Vaccine operations Central Provinces & Berar 1922-1929 - 1922-1929
Year: 1922
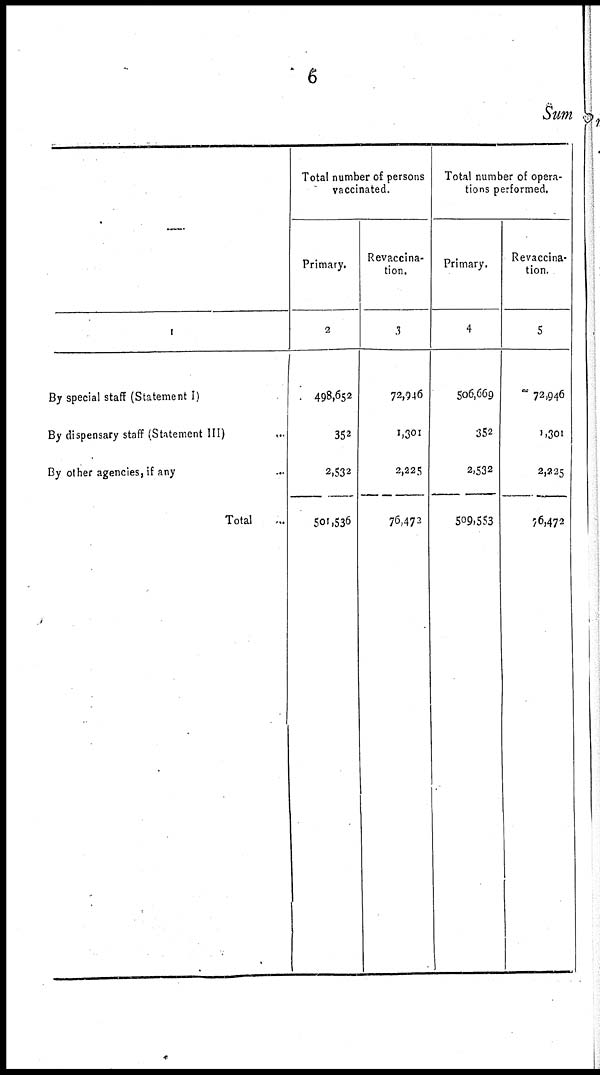
6
Sum
—
1
By special staff (Statement I)
By dispensary staff (Statement III)
By other agencies, if any...
Total...
Total number of persons
vaccinated.
Primary.
2
498,652
352
2,532
501,536
Revaccina-
tion.
3
72,946
1,301
2,225
76,473
Total number of opera-
tions performed.
Primary.
4
506,669
352
2,532
509,553
Revaccina-
tion.
5
72,946
1,301
2,225
76,472